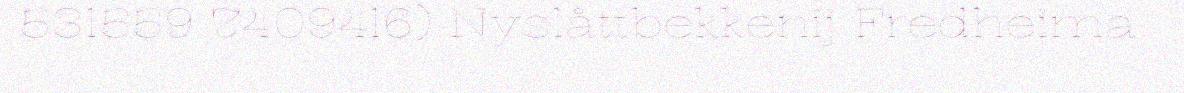
531559 7409416) Nyslåttbekkenij Fredheima